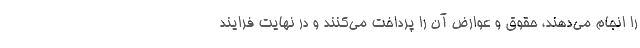
را انجام می‌دهند، حقوق و عوارض آن را پرداخت می‌کنند و در نهایت فرایند